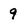
Character: 9